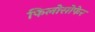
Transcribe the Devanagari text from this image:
फिलोसोफेर